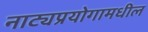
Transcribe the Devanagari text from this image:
नाट्यप्रयोगामधील